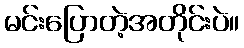
မင်းပြောတဲ့အတိုင်းပဲ။